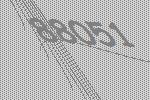
88051